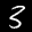
Label: 3